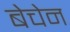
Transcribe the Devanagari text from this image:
बेचेन